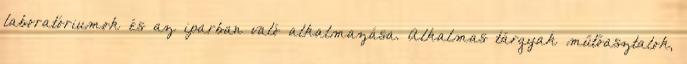
laboratóriumok és az iparban való alkalmazása. Alkalmas tárgyak műtőasztalok,